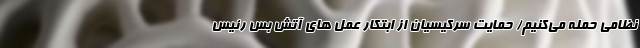
نظامی حمله می‌کنیم/ حمایت سرکیسیان از ابتکار عمل های آتش بس رئیس